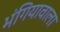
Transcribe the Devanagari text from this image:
भंगियावाला